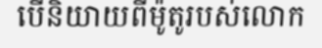
បើនិយាយពីម៉ូតូរបស់លោក